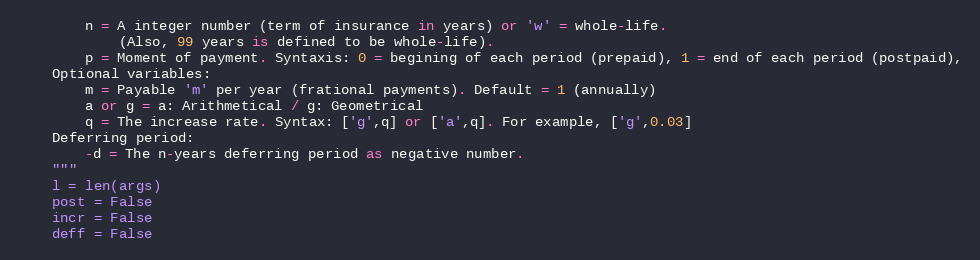
Language: Python
        n = A integer number (term of insurance in years) or 'w' = whole-life.
            (Also, 99 years is defined to be whole-life).
        p = Moment of payment. Syntaxis: 0 = begining of each period (prepaid), 1 = end of each period (postpaid),
    Optional variables:
        m = Payable 'm' per year (frational payments). Default = 1 (annually)
        a or g = a: Arithmetical / g: Geometrical
        q = The increase rate. Syntax: ['g',q] or ['a',q]. For example, ['g',0.03]
    Deferring period:
        -d = The n-years deferring period as negative number.
    """
    l = len(args)
    post = False
    incr = False
    deff = False